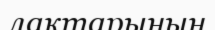
лактарының